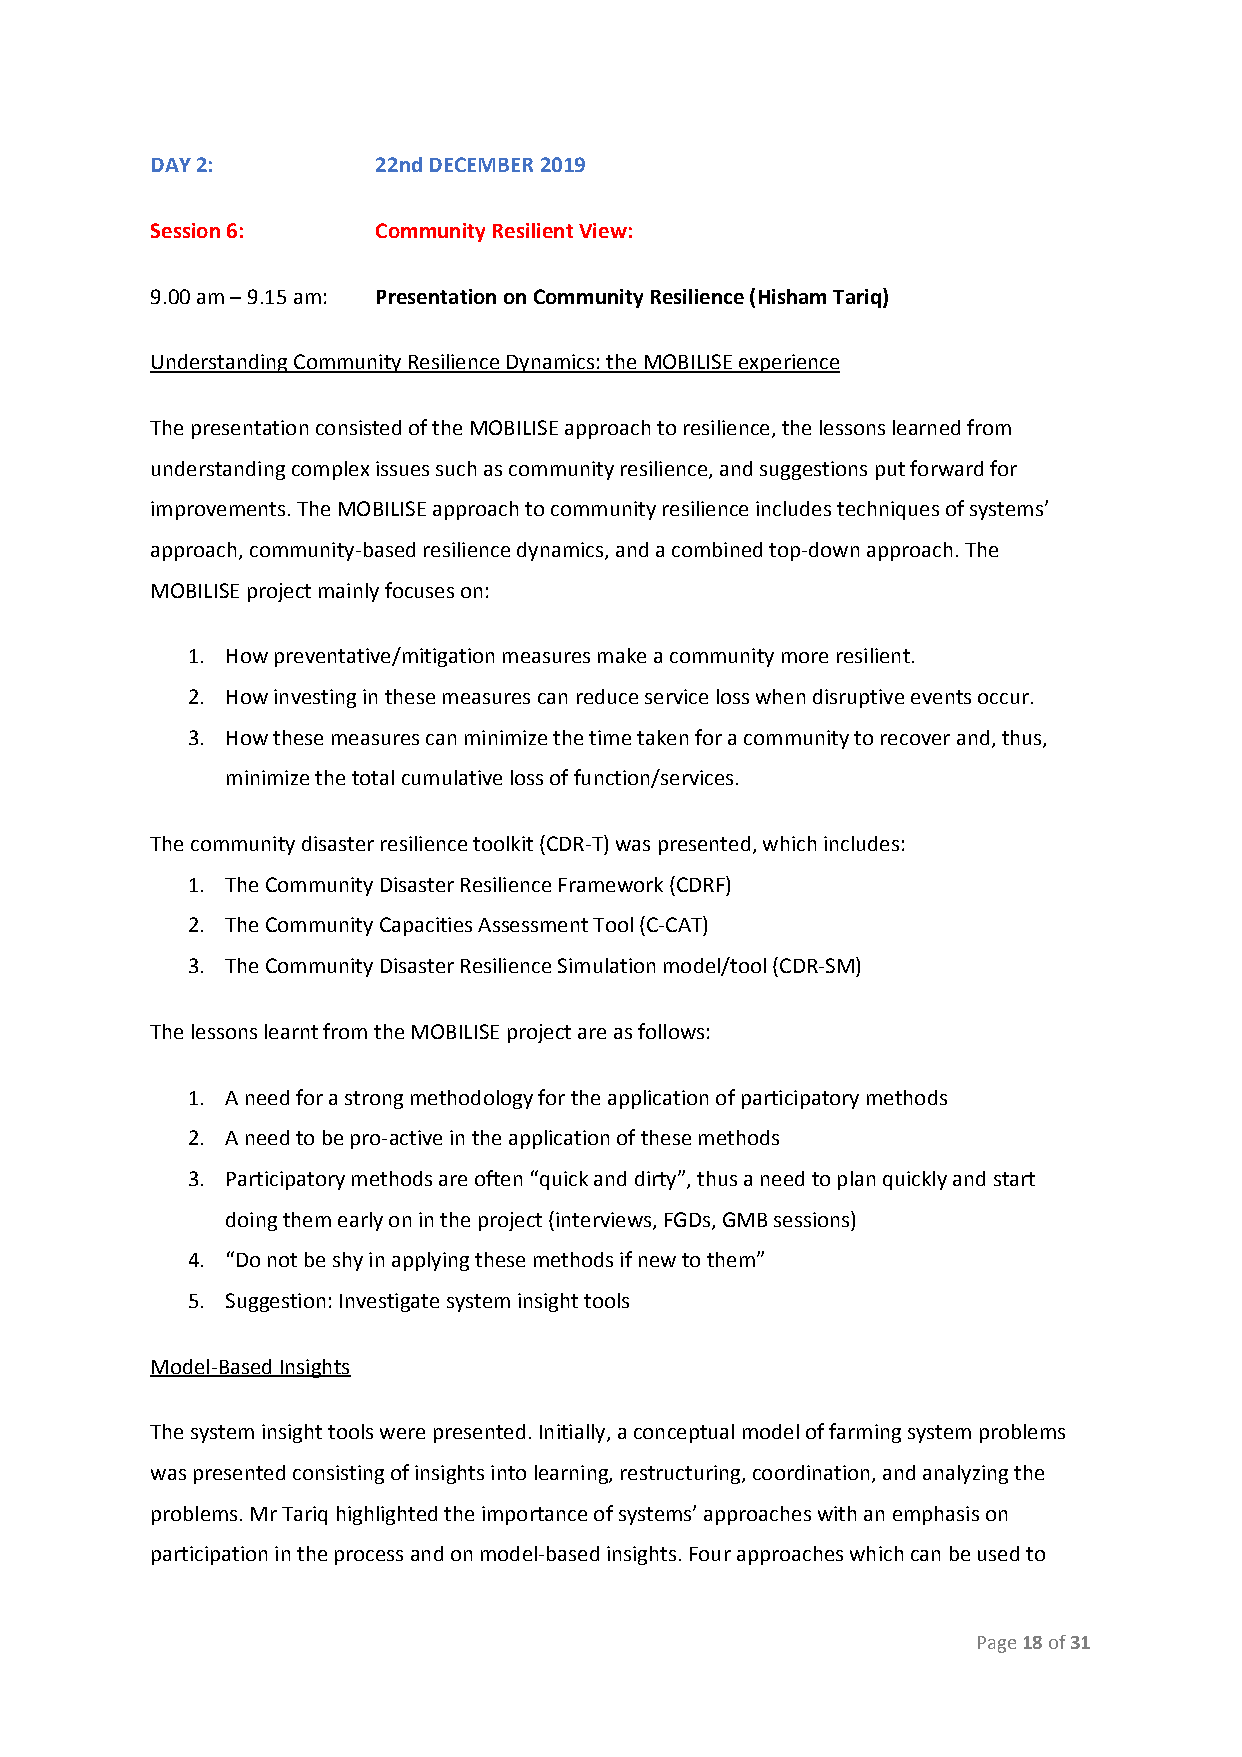
DAY 2:         22nd DECEMBER 2019
 Session 6:     Community Resilient View:
 9.00 am – 9.15 am: Presentation on Community Resilience (Hisham Tariq)
 Understanding Community Resilience Dynamics: the MOBILISE experience
 The presentation consisted of the MOBILISE approach to resilience, the lessons learned from
 understanding complex issues such as community resilience, and suggestions put forward for
 improvements. The MOBILISE approach to community resilience includes techniques of systems’
 approach, community-based resilience dynamics, and a combined top-down approach. The
 MOBILISE project mainly focuses on:
 1. How preventative/mitigation measures make a community more resilient.
 2. How investing in these measures can reduce service loss when disruptive events occur.
 3. How these measures can minimize the time taken for a community to recover and, thus,
 minimize the total cumulative loss of function/services.
 The community disaster resilience toolkit (CDR-T) was presented, which includes:
 1. The Community Disaster Resilience Framework (CDRF)
 2. The Community Capacities Assessment Tool (C-CAT)
 3. The Community Disaster Resilience Simulation model/tool (CDR-SM)
 The lessons learnt from the MOBILISE project are as follows:
 1. A need for a strong methodology for the application of participatory methods
 2. A need to be pro-active in the application of these methods
 3. Participatory methods are often “quick and dirty”, thus a need to plan quickly and start
 doing them early on in the project (interviews, FGDs, GMB sessions)
 4. “Do not be shy in applying these methods if new to them”
 5. Suggestion: Investigate system insight tools
 Model-Based Insights
 The system insight tools were presented. Initially, a conceptual model of farming system problems
 was presented consisting of insights into learning, restructuring, coordination, and analyzing the
 problems. Mr Tariq highlighted the importance of systems’ approaches with an emphasis on
 participation in the process and on model-based insights. Four approaches which can be used to
 Page 18 of 31
 ​ ​ ​